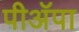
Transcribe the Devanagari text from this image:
पीअॅपा